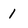
Character: 1